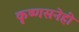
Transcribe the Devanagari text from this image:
कृष्णसनेही